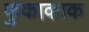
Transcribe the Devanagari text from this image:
कुकाकाक